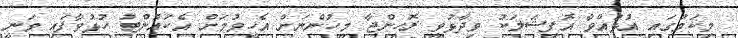
މިކަމުގައި އުޅުއްވާ އޮފިޝަލަކު ވިދާޅުވީ ރޮހިންޖާ މީހުންނަށް އެހީވުމަށް އެކައުންޓު ހުޅުވާފައި ވަނީ